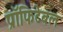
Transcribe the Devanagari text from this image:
प्रॉफिटेबल